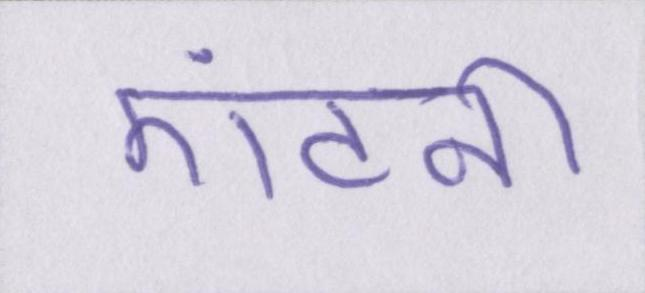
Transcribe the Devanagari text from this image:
एंटनी